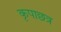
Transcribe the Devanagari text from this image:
कृपाछत्र